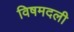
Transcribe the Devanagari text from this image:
विषमदली